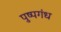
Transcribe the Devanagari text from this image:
पुष्पगंध